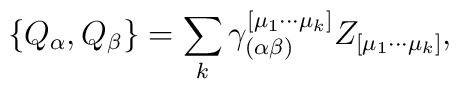
\{Q_\alpha,Q_\beta\}=\sum\limits_{k} \gamma^{[\mu_1\cdots\mu_k]}_{(\alpha \beta)}Z_{[\mu_1\cdots \mu_k]},